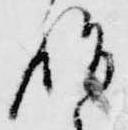
始